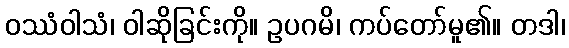
ဝဿံဝါသံ၊ ဝါဆိုခြင်းကို။ ဥပဂမိ၊ ကပ်တော်မူ၏။ တဒါ၊